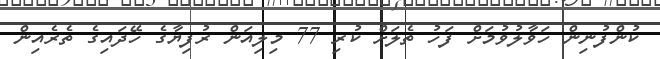
ކުންފުނިން ހަވާލުވުމަށް ފަހު ތެލަށް ކުރި 77 މިލިއަން ރުފިޔާގެ ހޭދައިގެ ތެރެއިން